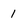
Character: 1